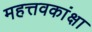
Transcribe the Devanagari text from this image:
महत्तवकांक्षा